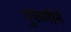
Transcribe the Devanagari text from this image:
गुंफणीने